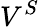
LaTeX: V^{S}